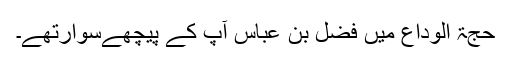
حجۃ الوداع میں فضل بِن عباس آپ کے پیچھےسوارتھے۔